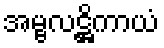
အမ္ဗလဋ္ဌိကာယံ